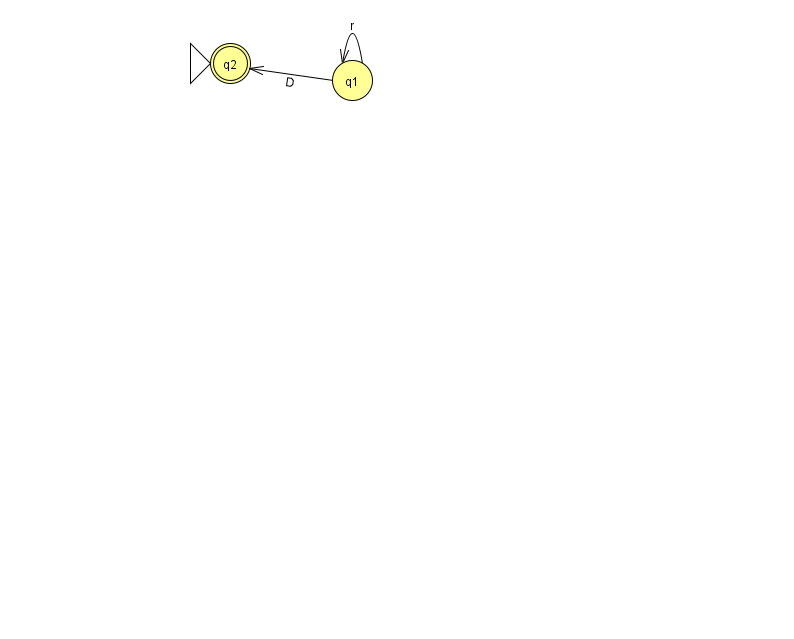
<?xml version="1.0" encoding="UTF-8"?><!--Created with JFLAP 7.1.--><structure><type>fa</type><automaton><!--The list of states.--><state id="1" name="q1"><x>352.0</x><y>67.0</y></state><state id="2" name="q2"><x>230.0</x><y>50.0</y><initial/><final/></state><!--The list of transitions.--><transition><from>1</from><to>1</to><read>r</read></transition><transition><from>1</from><to>2</to><read>D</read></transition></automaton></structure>